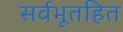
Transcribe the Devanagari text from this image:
सर्वभूतहित